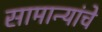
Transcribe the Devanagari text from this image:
सामान्यांचे